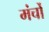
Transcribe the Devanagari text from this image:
मंर्चों